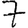
Digit: 7